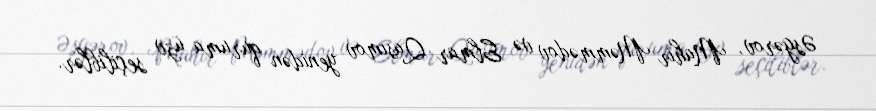
Əsgərov, Mahir Məmmədov və Elmar Qasımov yenidən quruma üzv seçiliblər.